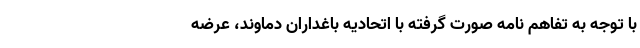
با توجه به تفاهم نامه صورت گرفته با اتحادیه باغداران دماوند، عرضه